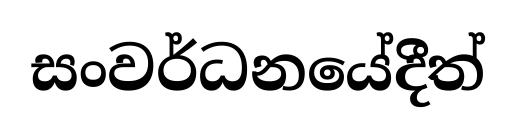
සංවර්ධනයේදීත්